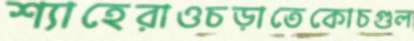
শ্যাহেরাওচড়াতেকোচগুল